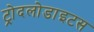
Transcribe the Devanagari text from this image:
ट्रोदलोडाइटस